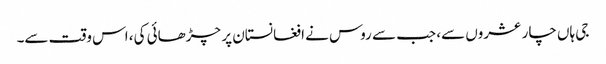
جی ہاں چار عشروں سے، جب سے روس نے افغانستان پر چڑھائی کی، اس وقت سے۔